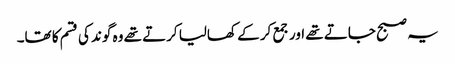
یہ صبح جاتے تھے اور جمع کر کے کھالیا کرتے تھے وہ گوند کی قسم کا تھا۔